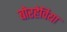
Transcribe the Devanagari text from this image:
बोरहेविया